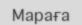
Мараға